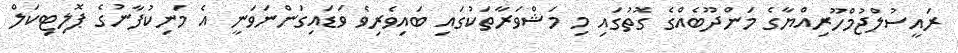
ރައީސުލްޖުމްހޫރިއްޔާގެ މަންދޫބެއްގެ ގޮތުގައި މި މަޝްވަރާތަކުގައި ބައިވެރިވެ ވަޑައިގަންނަވަނީ އެ މަނިކުފާނުގެ ޕޮލިޓިކަލް